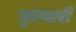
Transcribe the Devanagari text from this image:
वुल्गारी